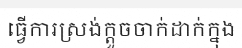
ធ្វើការស្រង់ក្តួចចាក់ដាក់ក្នុង